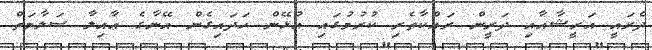
ދެރައީ އަރީޝާއާއި ދަރީން ރައްކާތެރި ކުރުމުގައި އުޅޭން ހަދައިގެން އޭނާގެ ޢާއިލާ ސަލާމަތް